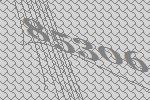
85306